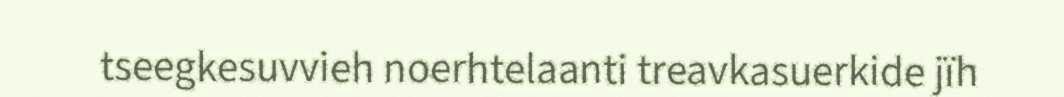
tseegkesuvvieh noerhtelaanti treavkasuerkide jïh